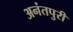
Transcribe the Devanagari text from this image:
अनंतपुरी